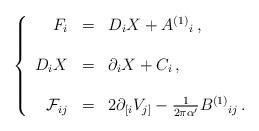
LaTeX: \begin{align*}\left\{\begin{array}{rcl}F_{i} & = & D_{i}X +A^{(1)}{}_{i}\, ,\\& & \\D_{i}X & = & \partial_{i}X + C_{i}\, ,\\& & \\{\cal F}_{ij} & = & 2\partial_{[i}V_{j]} -\frac{1}{2\pi \alpha^{\prime}}B^{(1)}{}_{ij}\, .\\\end{array}\right.\end{align*}